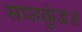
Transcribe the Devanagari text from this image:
सप्तकुंड॥